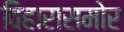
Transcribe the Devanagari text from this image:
विहारासमोर